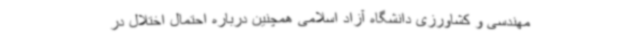
مهندسی و کشاورزی دانشگاه آزاد اسلامی همچنین درباره احتمال اختلال در